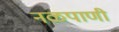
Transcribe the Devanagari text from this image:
नळपाणी